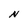
Character: N